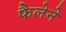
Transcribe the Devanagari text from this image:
फैलेने